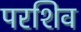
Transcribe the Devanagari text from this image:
परशिव